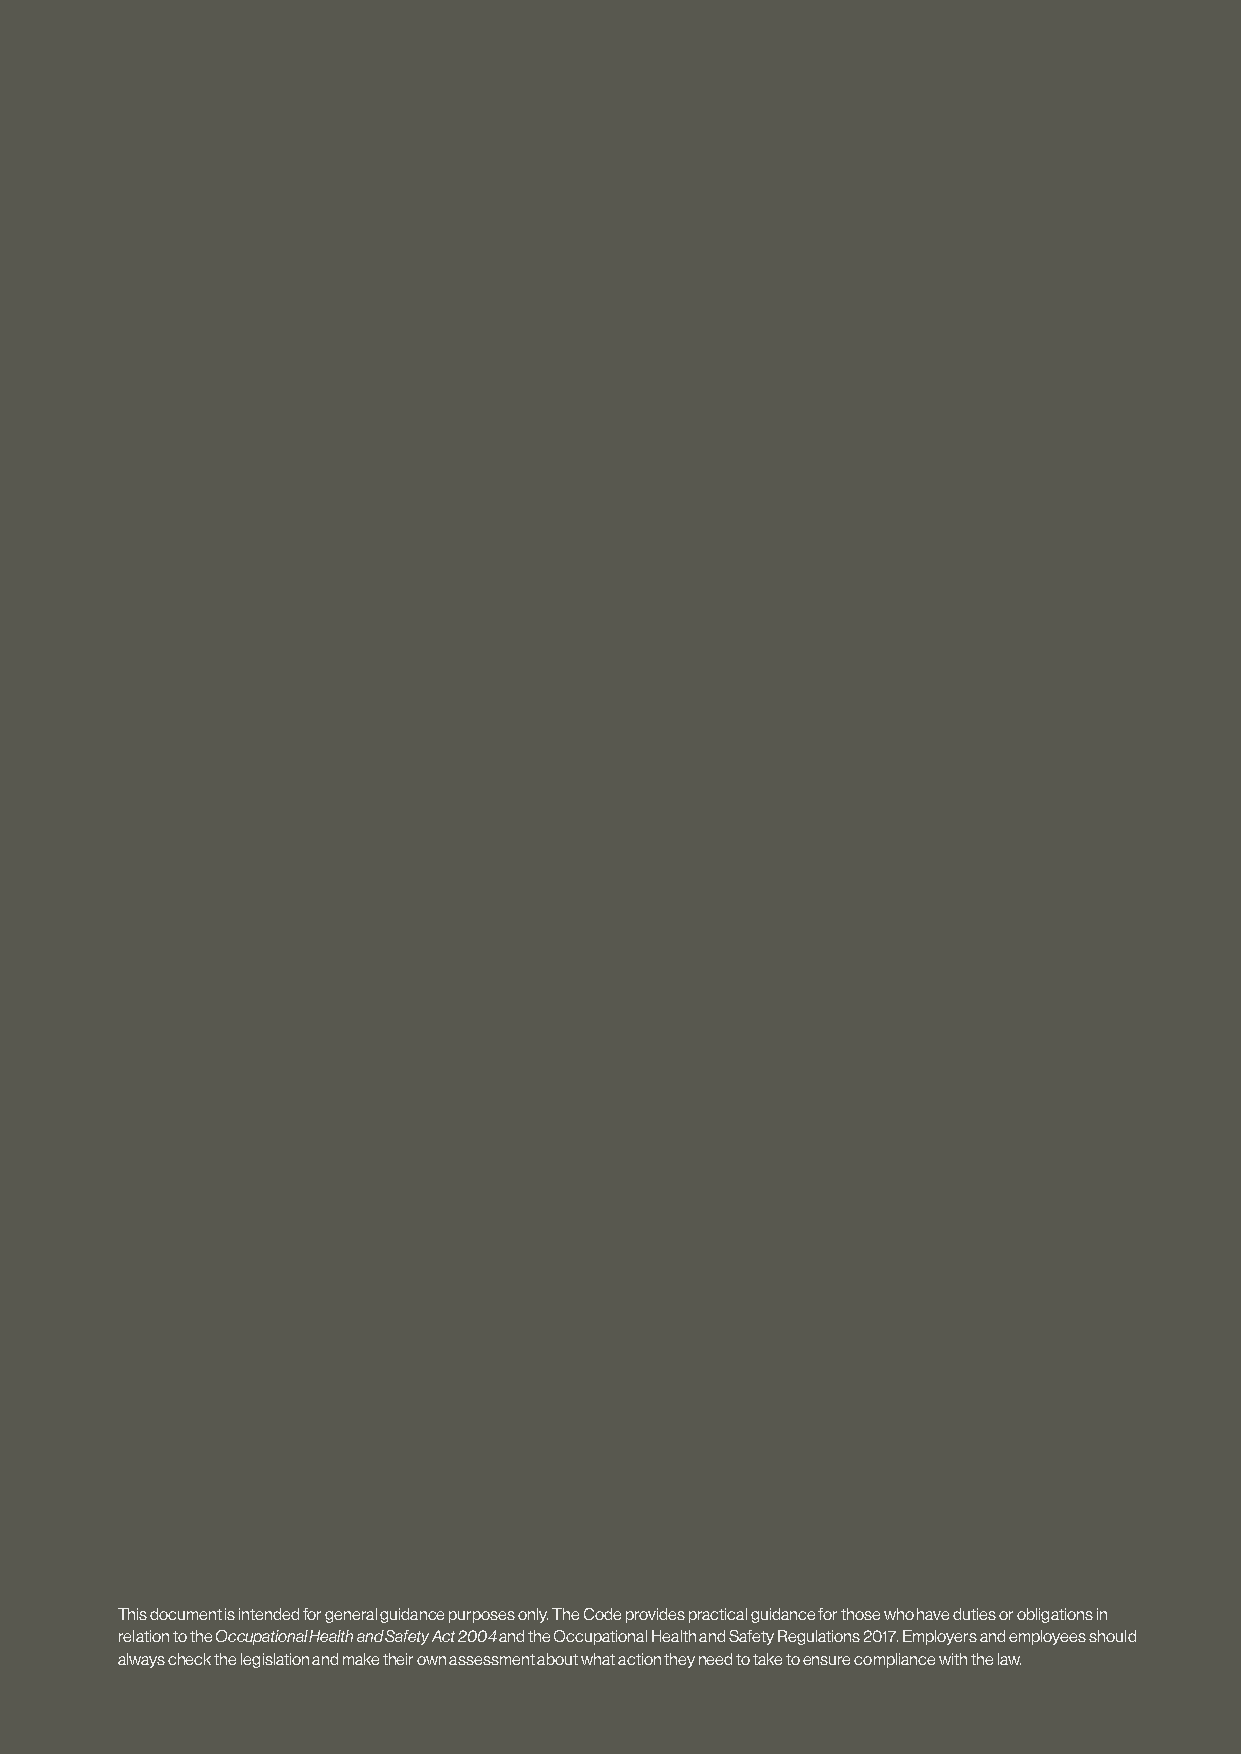
This document is intended for general guidance purposes only. The Code provides practical guidance for those who have duties or obligations in
 relation to the Occupational Health and Safety Act 2004 and the Occupational Health and Safety Regulations 2017. Employers and employees should
 always check the legislation and make their own assessment about what action they need to take to ensure compliance with the law.